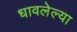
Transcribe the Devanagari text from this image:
धावलेल्या